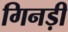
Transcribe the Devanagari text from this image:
गिनड़ी